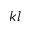
k l